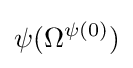
\psi (\Omega ^{\psi (0)})